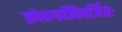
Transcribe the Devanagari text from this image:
क्रोधगर्वविवर्जितः